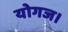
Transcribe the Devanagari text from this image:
योगज।